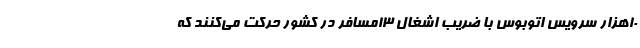
۱۰هزار سرویس اتوبوس با ضریب اشغال ۱۳مسافر در کشور حرکت می‌کنند که